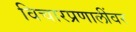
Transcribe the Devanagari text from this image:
विचारप्रणालींवर